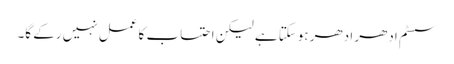
سسٹم ادھر ادھر ہوسکتا ہے لیکن احتساب کا عمل نہیں رکے گا۔